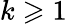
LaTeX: k\geqslant 1